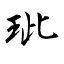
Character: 玼